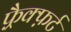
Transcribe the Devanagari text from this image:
फ़्रैक्फ़र्ट